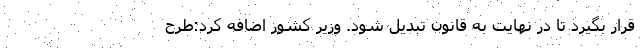
قرار بگیرد تا در نهایت به قانون تبدیل شود. وزیر کشور اضافه کرد:طرح